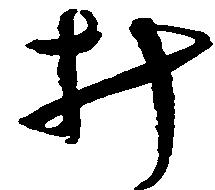
み